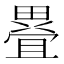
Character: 疂